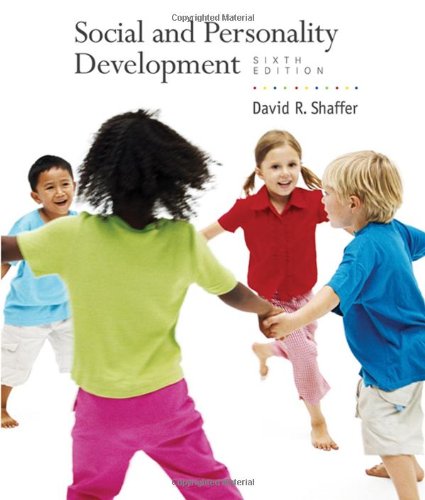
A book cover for Social and Personality Development; David R. Shaffer; Medical Books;